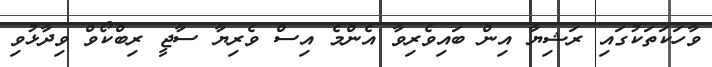
ވާހަކަތަކުގައި ރަޝިޔާ އިން ބައިވެރިވާ އެންމެ އިސް ވެރިޔާ ސާޖީ ރިބްކޯވް ވިދާޅުވި